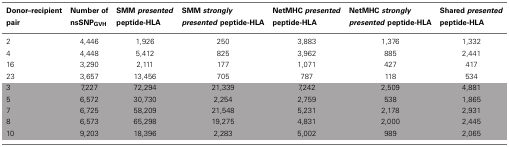
<table><thead><tr><td><b>Donor–recipient pair</b></td><td><b>Number of nsSNP<sub>GVH</sub></b></td><td><b>SMM <i>presented</i> peptide-HLA</b></td><td><b>SMM <i>strongly presented</i> peptide-HLA</b></td><td><b>NetMHC <i>presented</i> peptide-HLA</b></td><td><b>NetMHC <i>strongly presented</i> peptide-HLA</b></td><td><b>Shared <i>presented</i> peptide-HLA</b></td></tr></thead><tbody><tr><td>2</td><td>4,446</td><td>1,926</td><td>250</td><td>3,883</td><td>1,376</td><td>1,332</td></tr><tr><td>4</td><td>4,448</td><td>5,412</td><td>825</td><td>3,962</td><td>885</td><td>2,441</td></tr><tr><td>16</td><td>3,290</td><td>2,111</td><td>177</td><td>1,071</td><td>427</td><td>417</td></tr><tr><td>23</td><td>3,657</td><td>13,456</td><td>705</td><td>787</td><td>118</td><td>534</td></tr><tr><td>3</td><td>7,227</td><td>72,294</td><td>21,339</td><td>7,242</td><td>2,509</td><td>4,881</td></tr><tr><td>5</td><td>6,572</td><td>30,730</td><td>2,254</td><td>2,759</td><td>538</td><td>1,865</td></tr><tr><td>7</td><td>6,725</td><td>58,209</td><td>21,548</td><td>5,231</td><td>2,178</td><td>2,931</td></tr><tr><td>8</td><td>6,573</td><td>65,298</td><td>19,275</td><td>4,831</td><td>2,000</td><td>2,445</td></tr><tr><td>10</td><td>9,203</td><td>18,396</td><td>2,283</td><td>5,002</td><td>989</td><td>2,065</td></tr></tbody></table>